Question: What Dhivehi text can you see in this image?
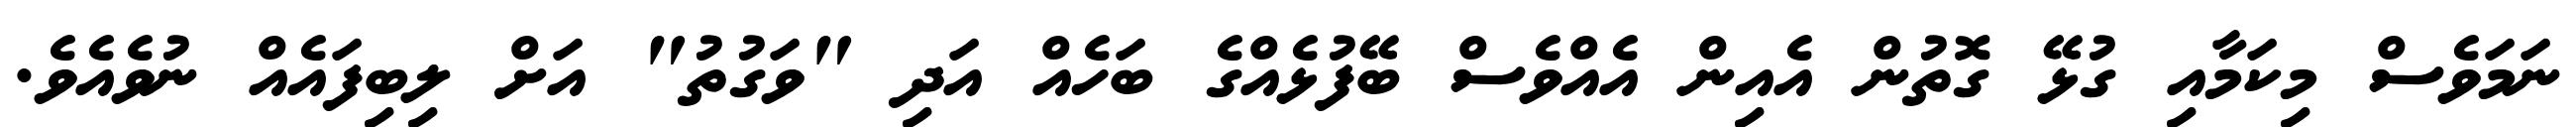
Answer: ނަމަވެސް މިކަމާއި ގުޅޭ ގޮތުން އެއިން އެއްވެސް ބޭފުޅެއްގެ ބަހެއް އަދި "ވަގުތު" އަށް ލިބިފައެއް ނުވެއެވެ.